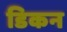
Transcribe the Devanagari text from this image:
डिकन